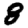
Digit: 8